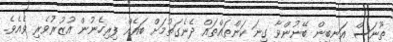
ތޫނަސް އަނބިން ބޭނުންވާ ގިނަ ކަންތައްތައް ދެނެގަތުމަށް ބައެއް ފިރިހެނުން އުޒުރުވެރި ވެއެވެ.